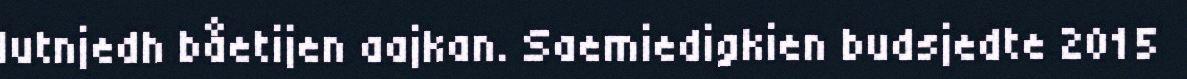
lutnjedh båetijen aajkan. Saemiedigkien budsjedte 2015